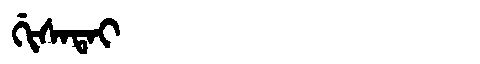
Manchu: ᡤᡳᠰᠠᡨᠠᡳ
Romanization: GISATAI